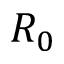
R _ { 0 }